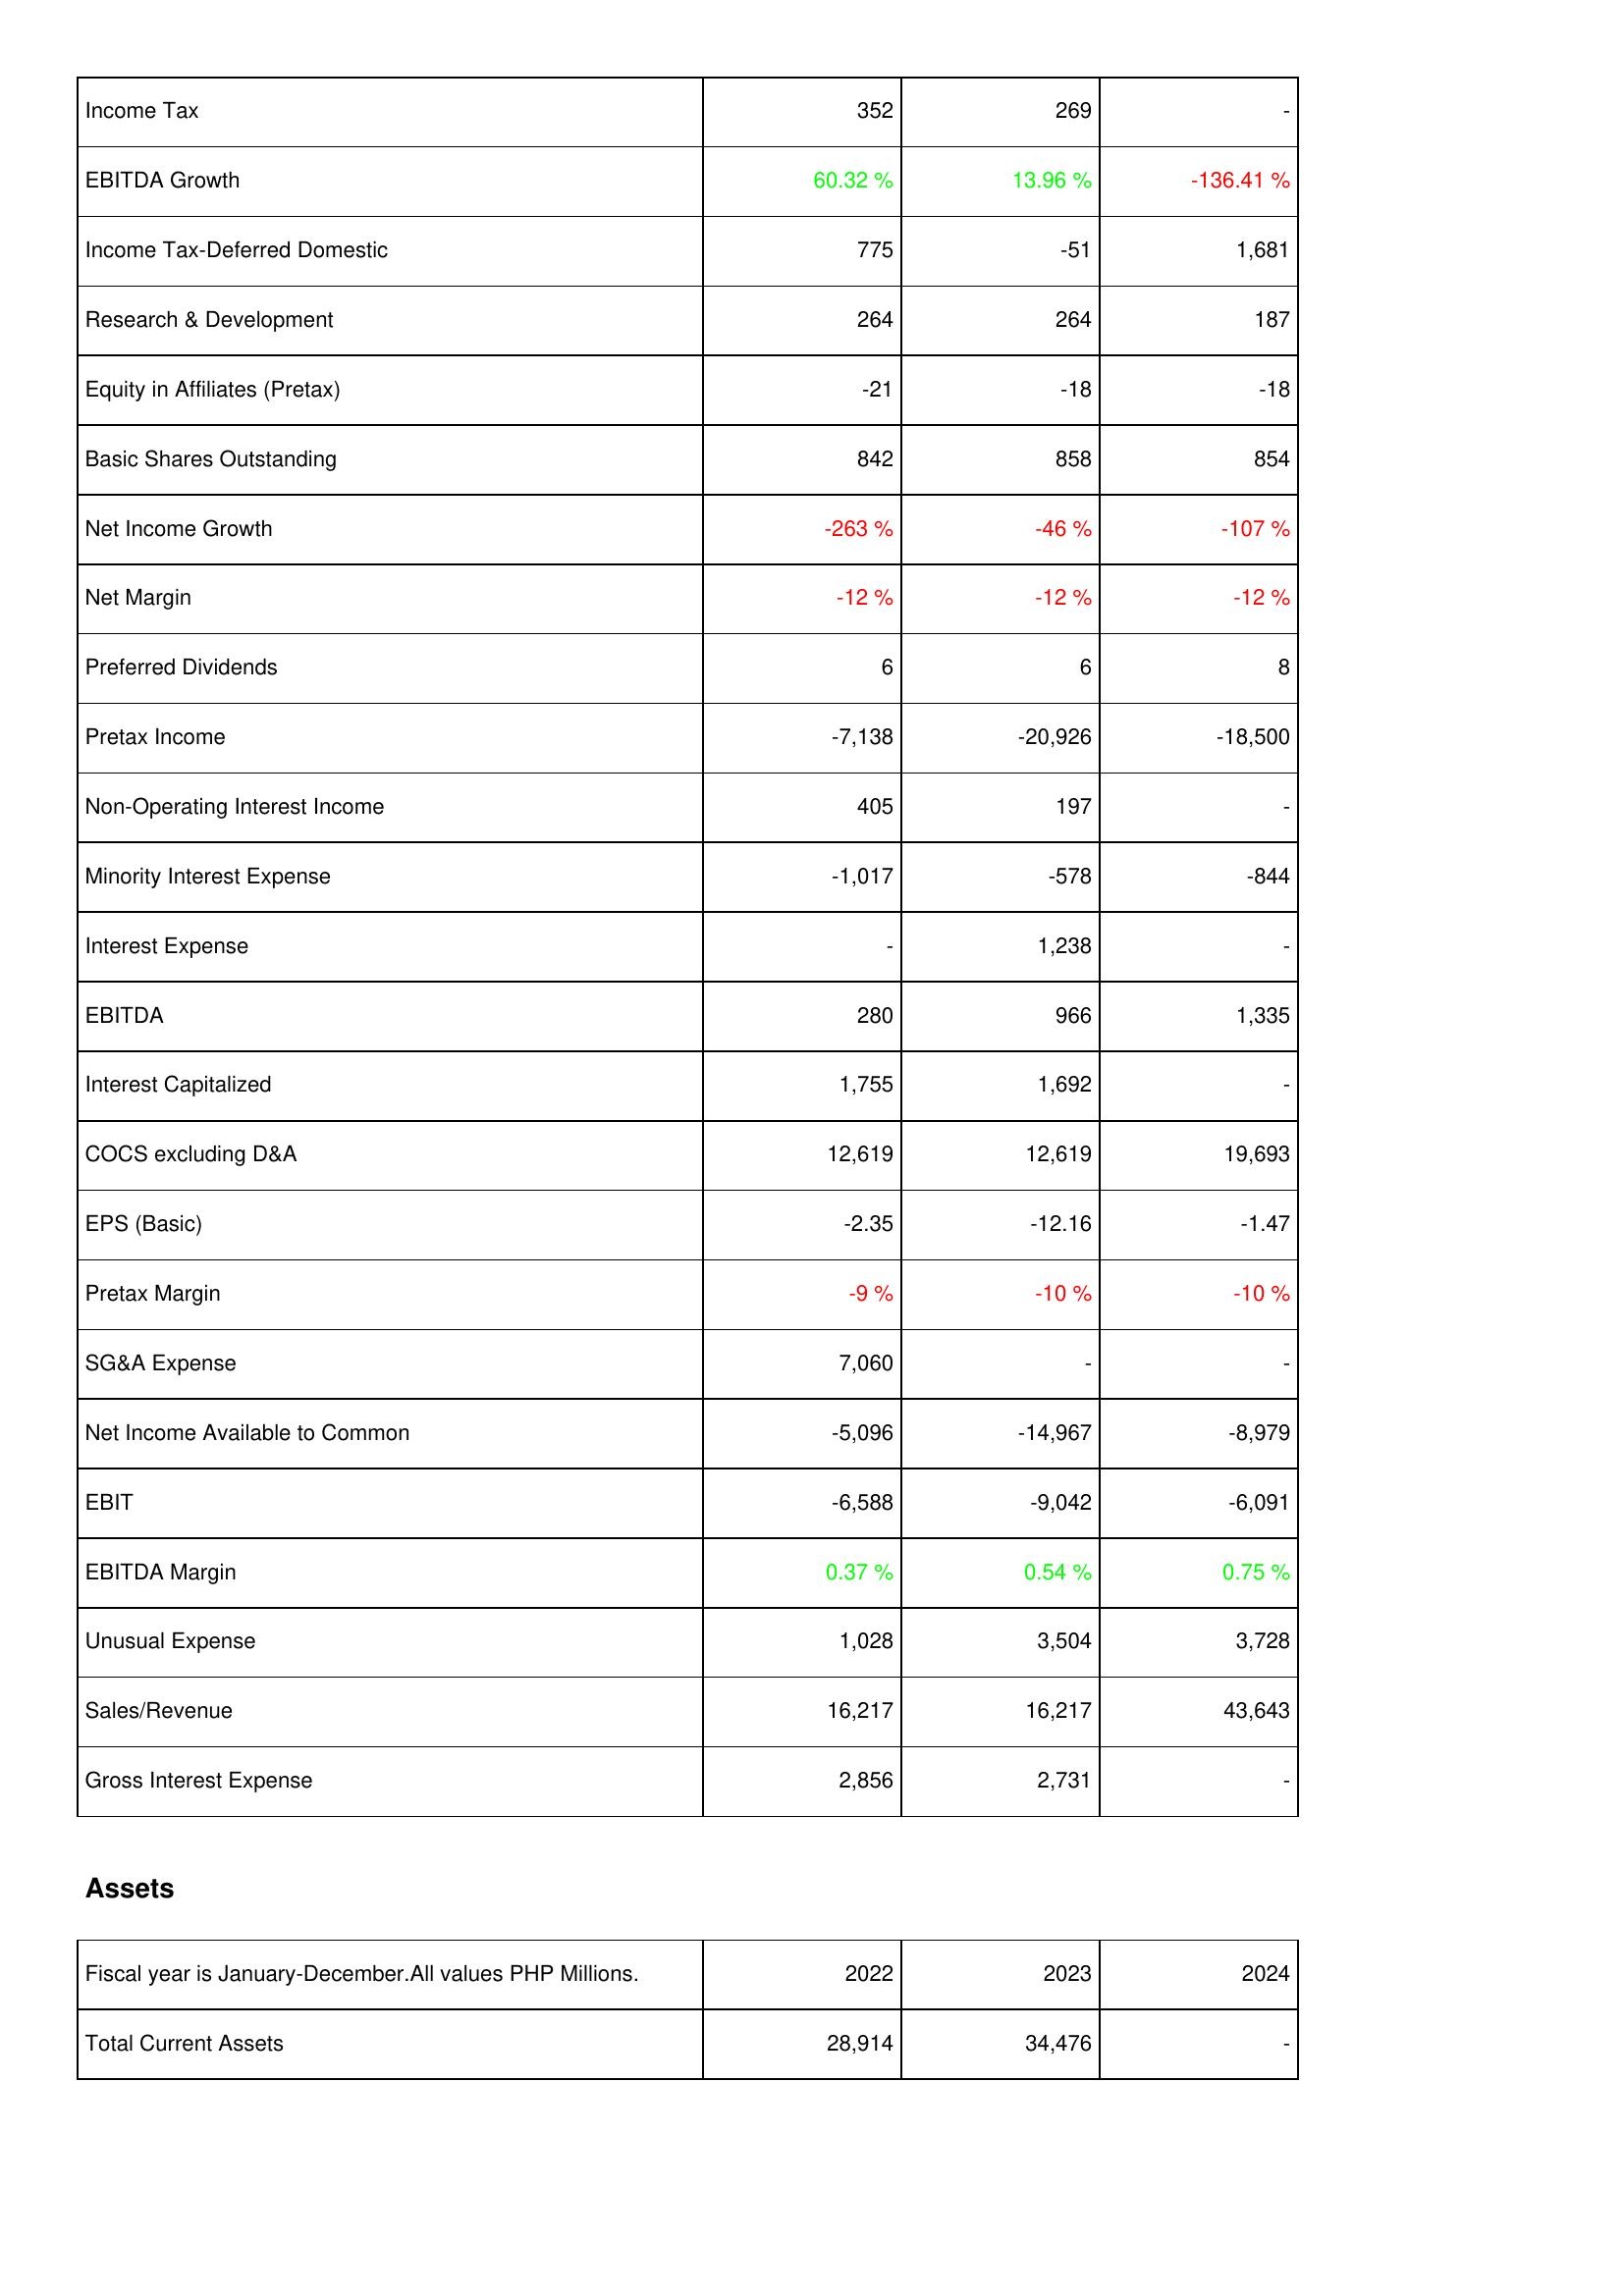
2022: Income Statement: Income Tax: 352
EBITDA Growth: 60.32 %
Income Tax-Deferred Domestic: 775
Research & Development: 264
Equity in Affiliates (Pretax): -21
Basic Shares Outstanding: 842
Net Income Growth: -263 %
Net Margin: -12 %
Preferred Dividends: 6
Pretax Income: -7,138
Non-Operating Interest Income: 405
Minority Interest Expense: -1,017
Interest Expense: -
EBITDA: 280
Interest Capitalized: 1,755
COCS excluding D&A: 12,619
EPS (Basic): -2.35
Pretax Margin: -9 %
SG&A Expense: 7,060
Net Income Available to Common: -5,096
EBIT: -6,588
EBITDA Margin: 0.37 %
Unusual Expense: 1,028
Sales/Revenue: 16,217
Gross Interest Expense: 2,856
Assets: Total Current Assets: 28,914
2023: Income Statement: Income Tax: 269
EBITDA Growth: 13.96 %
Income Tax-Deferred Domestic: -51
Research & Development: 264
Equity in Affiliates (Pretax): -18
Basic Shares Outstanding: 858
Net Income Growth: -46 %
Net Margin: -12 %
Preferred Dividends: 6
Pretax Income: -20,926
Non-Operating Interest Income: 197
Minority Interest Expense: -578
Interest Expense: 1,238
EBITDA: 966
Interest Capitalized: 1,692
COCS excluding D&A: 12,619
EPS (Basic): -12.16
Pretax Margin: -10 %
SG&A Expense: -
Net Income Available to Common: -14,967
EBIT: -9,042
EBITDA Margin: 0.54 %
Unusual Expense: 3,504
Sales/Revenue: 16,217
Gross Interest Expense: 2,731
Assets: Total Current Assets: 34,476
2024: Income Statement: Income Tax: -
EBITDA Growth: -136.41 %
Income Tax-Deferred Domestic: 1,681
Research & Development: 187
Equity in Affiliates (Pretax): -18
Basic Shares Outstanding: 854
Net Income Growth: -107 %
Net Margin: -12 %
Preferred Dividends: 8
Pretax Income: -18,500
Non-Operating Interest Income: -
Minority Interest Expense: -844
Interest Expense: -
EBITDA: 1,335
Interest Capitalized: -
COCS excluding D&A: 19,693
EPS (Basic): -1.47
Pretax Margin: -10 %
SG&A Expense: -
Net Income Available to Common: -8,979
EBIT: -6,091
EBITDA Margin: 0.75 %
Unusual Expense: 3,728
Sales/Revenue: 43,643
Gross Interest Expense: -
Assets: Total Current Assets: -